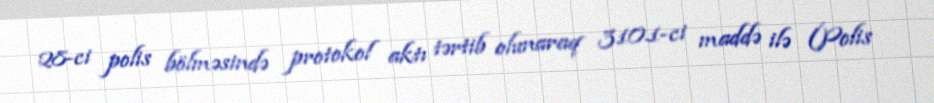
28-ci polis bölməsində protokol aktı tərtib olunaraq 310.1-ci maddə ilə (Polis